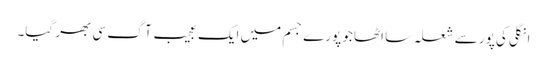
انگلی کی پور سے شعلہ سا اٹھا جو پورے جسم میں ایک عجیب آگ سی بھر گیا۔